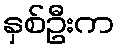
နှစ်ဦးက